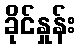
ခိုင်နှုန်း